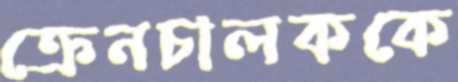
ক্রেনচালককে